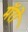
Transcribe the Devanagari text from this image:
मॅरो